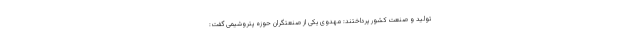
تولید و صنعت کشور پرداختند: مهدوی یکی از صنعتگران حوزه پتروشیمی گفت: